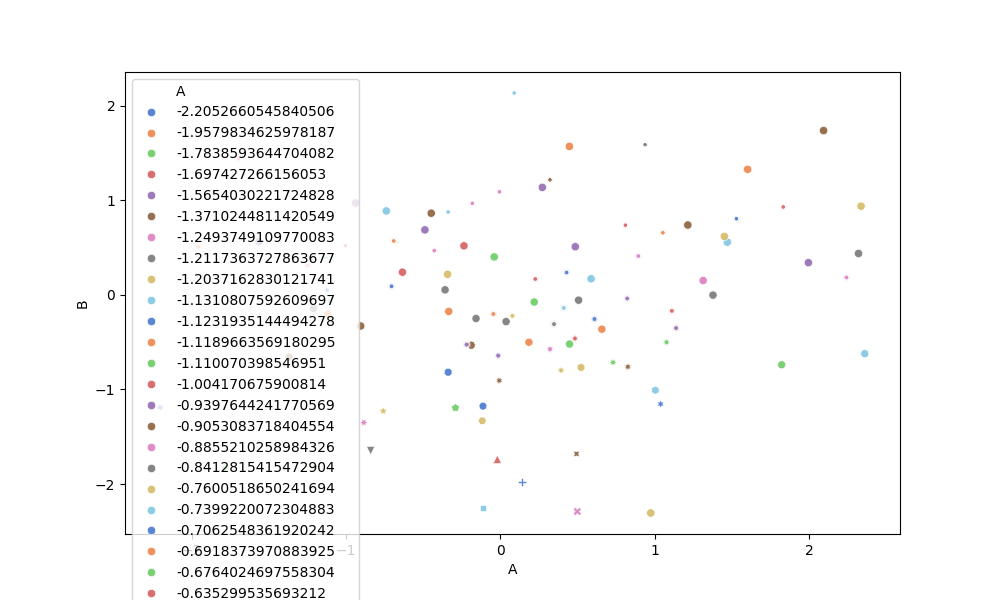
python, seaborn, scatterplot, hue='A', style='B', size='None', palette='muted', alpha=0.9